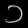
Digit: ၁